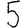
Digit: 5